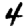
Digit: 4